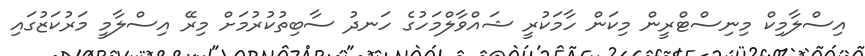
އިސްލާމިކް މިނިސްޓްރީން މިކަން ހާމަކުރީ ޝައްވާލްމަހުގެ ހަނދު ސާބިތުކުރުމަށް މިރޭ އިސްލާމީ މަރުކަޒުގައި